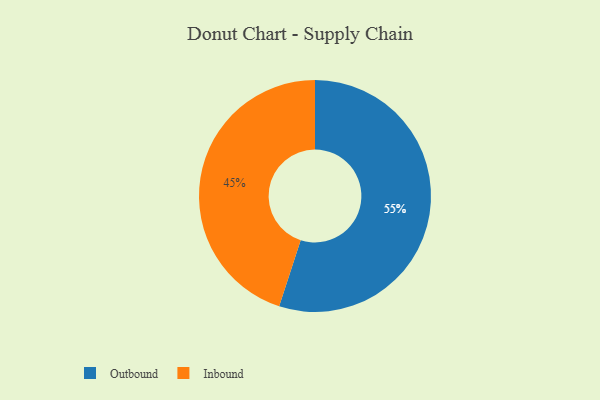
{"axis": {"x": "Category", "y": "Percentage"}, "legend": ["Inbound", "Outbound"], "data": [{"x": "Outbound", "y": 55, "type": "Outbound"}, {"x": "Inbound", "y": 45, "type": "Inbound"}]}